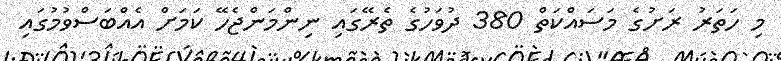
މި ހަތަރު ރަށުގެ މަސައްކަތް 380 ދުވަހުގެ ތެރޭގައި ނިންމަންޖެހޭ ކަމަށް އެއްބަސްވުމުގައި